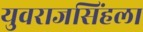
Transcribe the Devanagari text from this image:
युवराजसिंहला